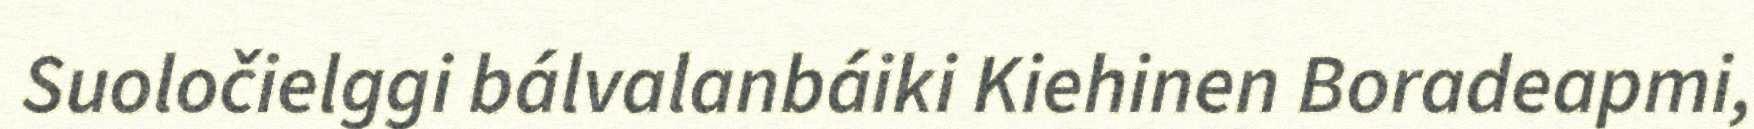
Suoločielggi bálvalanbáiki Kiehinen Boradeapmi,